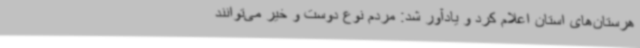
هرستان‌های استان اعلام کرد و یادآور شد: مردم نوع دوست و خیر می‌توانند